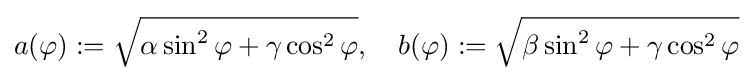
a(\varphi ):={\sqrt {\alpha \sin ^{2}\varphi +\gamma \cos ^{2}\varphi }},\quad b(\varphi ):={\sqrt {\beta \sin ^{2}\varphi +\gamma \cos ^{2}\varphi }}